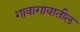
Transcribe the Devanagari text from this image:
गावागावातील